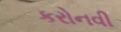
કરોનવી